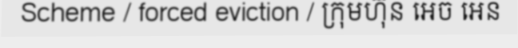
Scheme / forced eviction / ក្រុមហ៊ុន អេច អេន